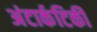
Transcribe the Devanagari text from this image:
अंटार्कटिकी